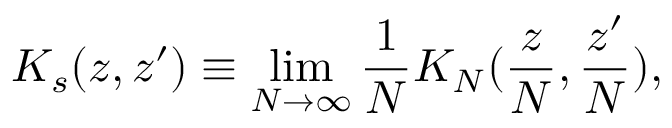
K _ { s } ( z , z ^ { \prime } ) \equiv \operatorname * { l i m } _ { N \rightarrow \infty } \frac 1 N K _ { N } ( \frac { z } { N } , \frac { z ^ { \prime } } { N } ) ,